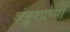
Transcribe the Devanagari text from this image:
अंकुशाच्या